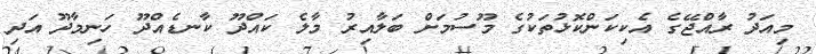
މިއަދު ރާއްޖޭގެ އެކިކަންކޮޅުތަކުގެ މޫސުމަށް ބަލާއިރު މާލެ ކައްދޫ ކާނޑެއްދޫ ހަނިމާދޫ އަދި